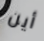
أين